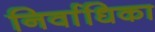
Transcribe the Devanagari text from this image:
निर्वाधिका